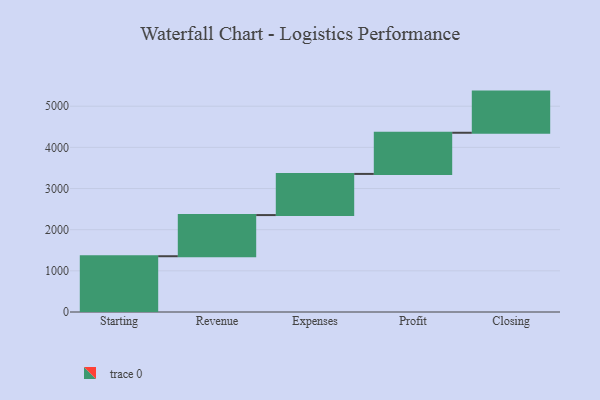
{"axis": {"x": "Step", "y": "Value"}, "legend": [""], "data": [{"x": "Starting", "y": 1355.0, "type": ""}, {"x": "Revenue", "y": 1000, "type": ""}, {"x": "Expenses", "y": 1000, "type": ""}, {"x": "Profit", "y": 1000, "type": ""}, {"x": "Closing", "y": 1000, "type": ""}]}